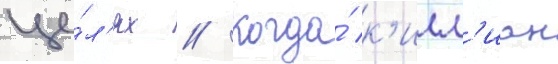
це́л'ях // Когда́ к'илл'иан